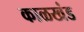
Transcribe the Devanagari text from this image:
काळखंड